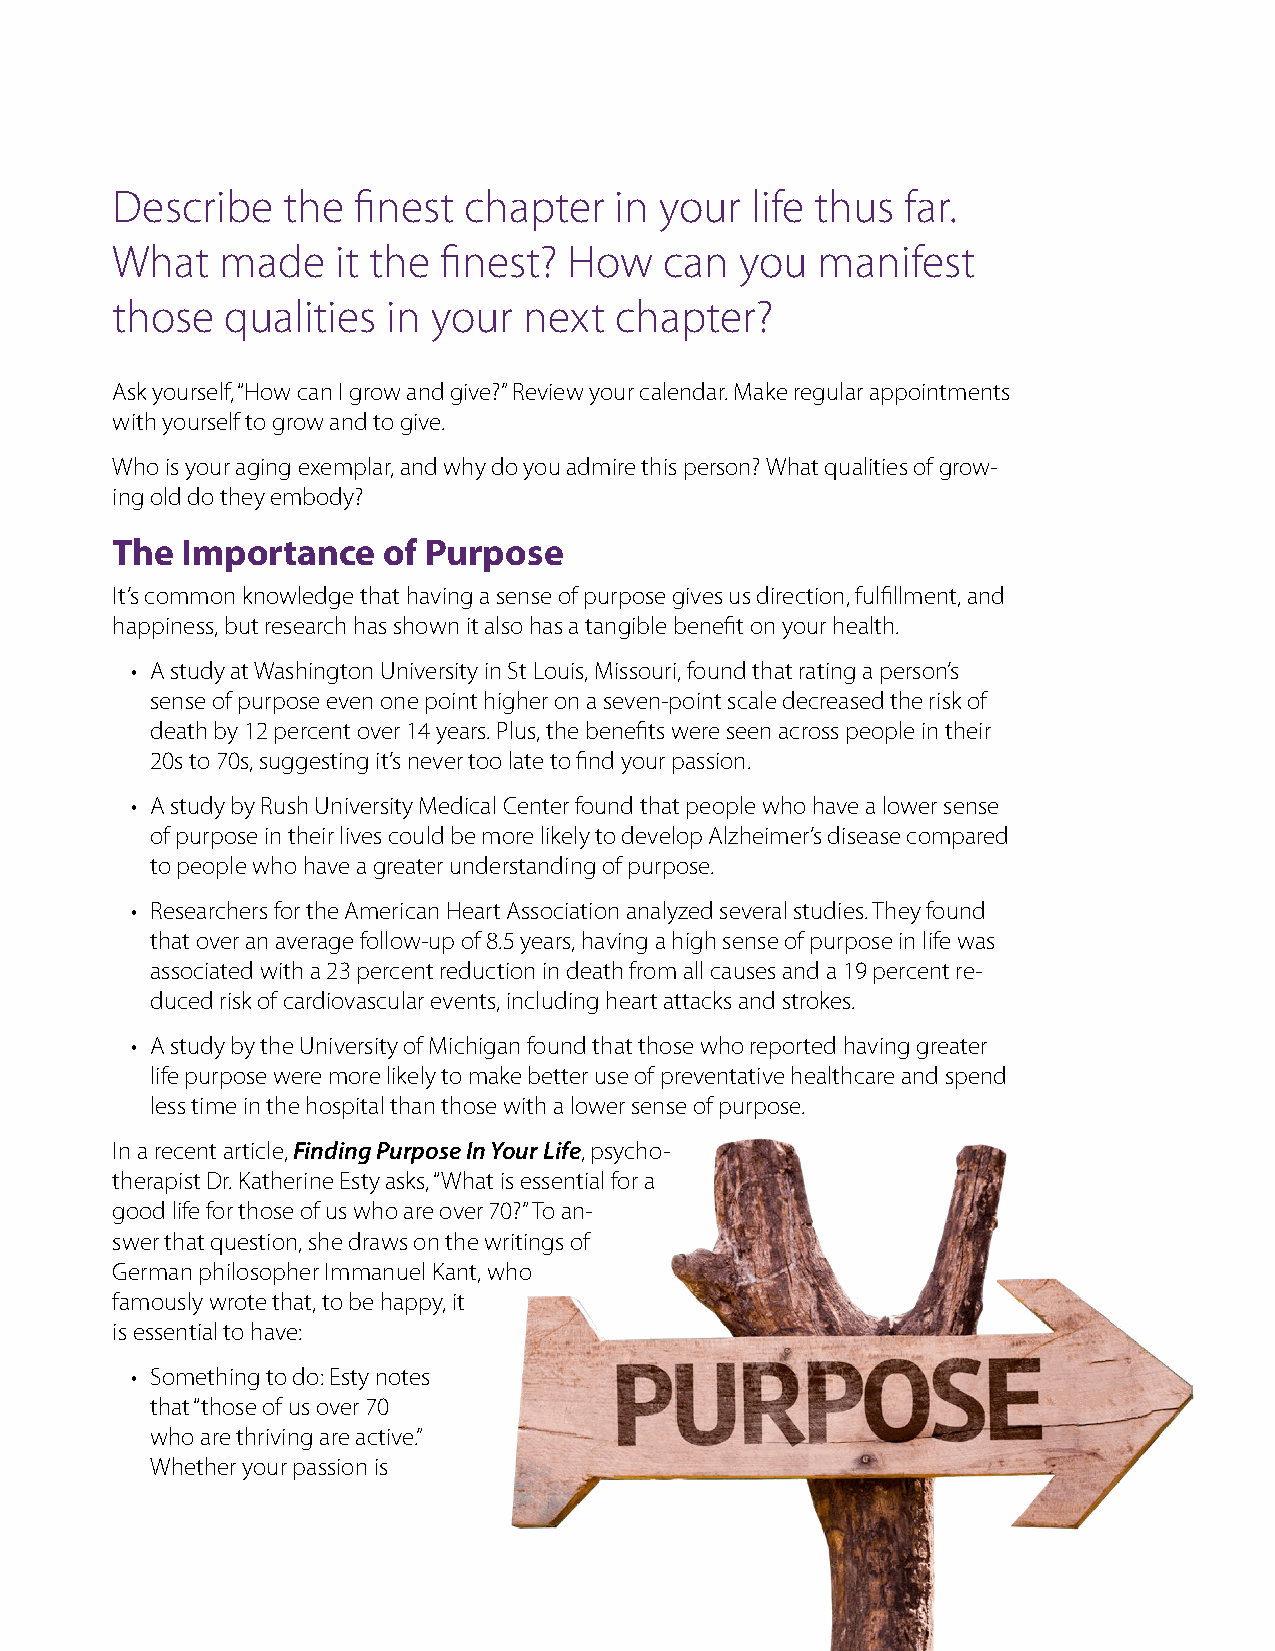
Describe    the finest  chapter   in your  life thus far.
 What    made   it the finest?  How   can  you  manifest
 those   qualities  in your  next  chapter?
 Ask yourself, “How can I grow and give?” Review your calendar. Make regular appointments
 with yourself to grow and to give.
 Who is your aging exemplar, and why do you admire this person? What qualities of grow-
 ing old do they embody?
 The  Importance   of Purpose
 It’s common knowledge that having a sense of purpose gives us direction, fulfillment, and
 happiness, but research has shown it also has a tangible benefit on your health.
 • A study at Washington University in St Louis, Missouri, found that rating a person’s
 sense of purpose even one point higher on a seven-point scale decreased the risk of
 death by 12 percent over 14 years. Plus, the benefits were seen across people in their
 20s to 70s, suggesting it’s never too late to find your passion.
 • A study by Rush University Medical Center found that people who have a lower sense
 of purpose in their lives could be more likely to develop Alzheimer’s disease compared
 to people who have a greater understanding of purpose.
 • Researchers for the American Heart Association analyzed several studies. They found
 that over an average follow-up of 8.5 years, having a high sense of purpose in life was
 associated with a 23 percent reduction in death from all causes and a 19 percent re-
 duced risk of cardiovascular events, including heart attacks and strokes.
 • A study by the University of Michigan found that those who reported having greater
 life purpose were more likely to make better use of preventative healthcare and spend
 less time in the hospital than those with a lower sense of purpose.
 In a recent article, Finding Purpose In Your Life, psycho-
 therapist Dr. Katherine Esty asks, “What is essential for a
 good life for those of us who are over 70?” To an-
 swer that question, she draws on the writings of
 German philosopher Immanuel Kant, who
 famously wrote that, to be happy, it
 is essential to have:
 • Something to do: Esty notes
 that “those of us over 70
 who are thriving are active.”
 Whether your passion is